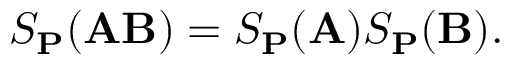
S _ { \mathbf { P } } ( \mathbf { A B } ) = S _ { \mathbf { P } } ( \mathbf { A } ) S _ { \mathbf { P } } ( \mathbf { B } ) .